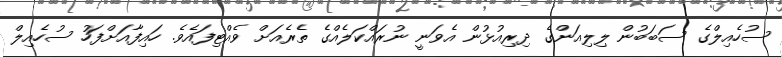
ސުހެއިލްގެ ސަބަބުން ލިލިއަންގެ ދިރިއުޅުން އެވަނީ ނުރައްކަލެއްގެ ތެރެއަށް ވެއްޓިފައެވެ. ހައިފާއަށްފަހު ސުހެއިލް